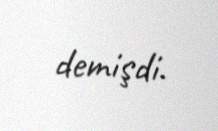
demişdi.